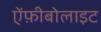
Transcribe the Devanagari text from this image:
ऐंफ़ीबोलाइट